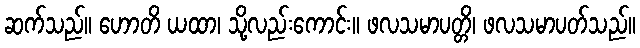
ဆက်သည်။ ဟောတိ ယထာ၊ သို့လည်းကောင်း။ ဖလသမာပတ္တိ၊ ဖလသမာပတ်သည်။